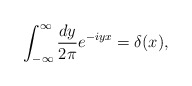
\begin{align*}\int_{-\infty}^{\infty} \frac{dy}{2\pi} e^{-iyx} = \delta(x),\end{align*}